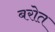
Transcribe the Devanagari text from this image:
बरोत